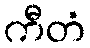
ကီတံ